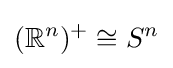
(\mathbb {R} ^{n})^{+}\cong S^{n}